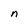
Character: n